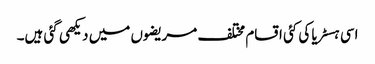
اسی ہسٹریا کی کئی اقسام مختلف مریضوں میں دیکھی گئی ہیں۔